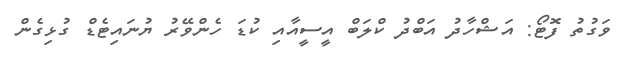
ވަގުތު ފޮޓޯ: އަޝްހާދު އަބްދު ކްލަބް އީސީއާއި ކުޑަ ހެންވޭރު ޔުނައިޓެޑް ގުޅިގެން